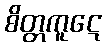
စိတ္တကူဋေ